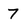
Character: 7